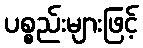
ပစ္စည်းများဖြင့်